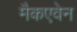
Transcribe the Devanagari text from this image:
मैकएवेन